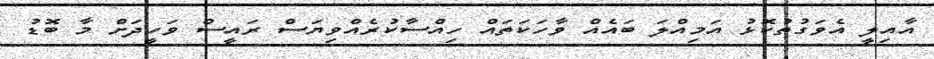
އާއިލީ އެވަގުތުކޮޅު އަމިއްލަ ބައެއް ވާހަކަތައް ހިއްސާކުރެއްވިޔަސް ރައީސް ވަހީދަށް މާ ބޮޑު